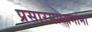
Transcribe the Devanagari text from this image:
प्रसारमाध्यमांना